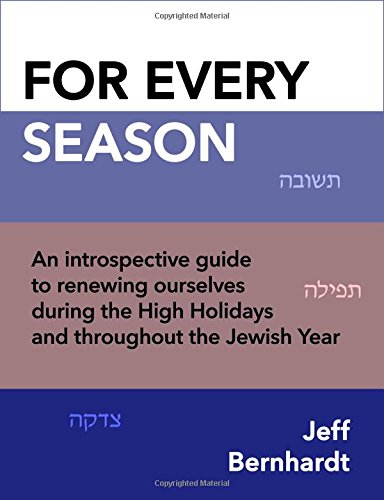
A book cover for For Every Season: An introspective guide to renewing ourselves during the High Holidays and throughout the Jewish Year; Jeff Bernhardt; Religion & Spirituality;